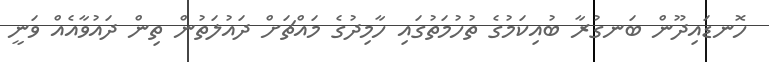
ހޮނޑައިދޫން ބަނގުރާ ބުއިކަމުގެ ތުހުމަތުގައި ހާމިދުގެ މައްޗަށް ދައުލަތުން ތިން ދައުވާއެއް ވަނީ